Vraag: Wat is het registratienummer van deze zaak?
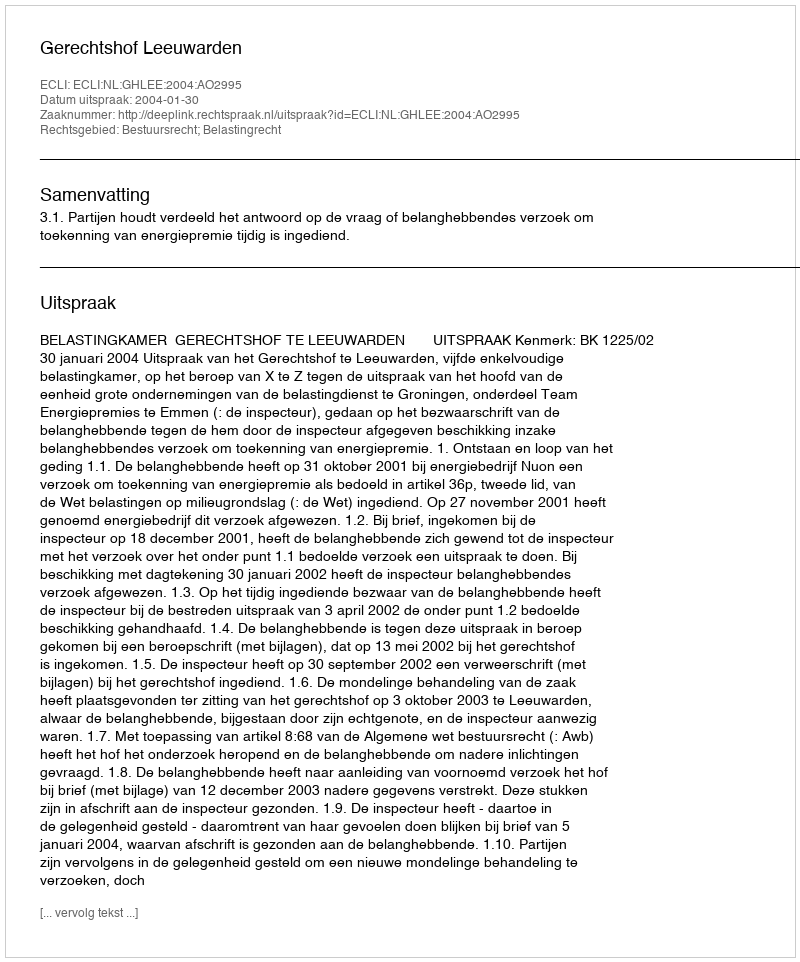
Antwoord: http://deeplink.rechtspraak.nl/uitspraak?id=ECLI:NL:GHLEE:2004:AO2995